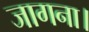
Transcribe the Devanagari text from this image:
जागना।